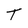
Character: T